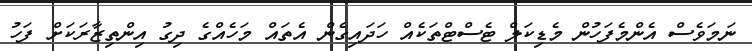
ނަމަވެސް އެންމެފަހުން މެޑިކަލް ޓެސްޓްތަކެއް ހަދައިގެން އެތައް މަހެއްގެ ދިގު އިންތިޒާރަކަށް ފަހު